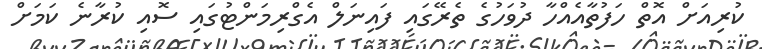
ކުރިއަށް އޮތް ހަފުތާއެއްހާ ދުވަހުގެ ތެރޭގައި ފައިނަލް އެގްރިމަންޓުގައި ސޮއި ކުރާނެ ކަމަށް